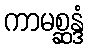
ကာမစ္ဆန္ဒံ